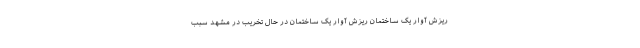
ریزش آوار یک ساختمان ریزش آوار یک ساختمان در حال تخریب در مشهد سبب